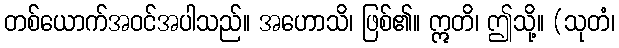
တစ်ယောက်အဝင်အပါသည်။ အဟောသိ၊ ဖြစ်၏။ ဣတိ၊ ဤသို့။ (သုတံ၊